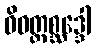
ဝိဝတ္တစ္ဆဒ္ဒေါ